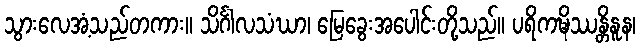
သွားလေအံ့သည်တကား။ သိင်္ဂါလသံဃာ၊ မြေခွေးအပေါင်းတို့သည်။ ပရိကဍ္ဎိဿန္တိနူန၊